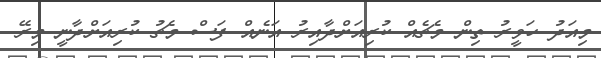
މިއަދު ހަވީރު ތިން މެޗެއް ކުރިއަށްދާއިރު އަނެއް ފަސް މެޗު ކުރިއަށްދާނީ މިރޭ